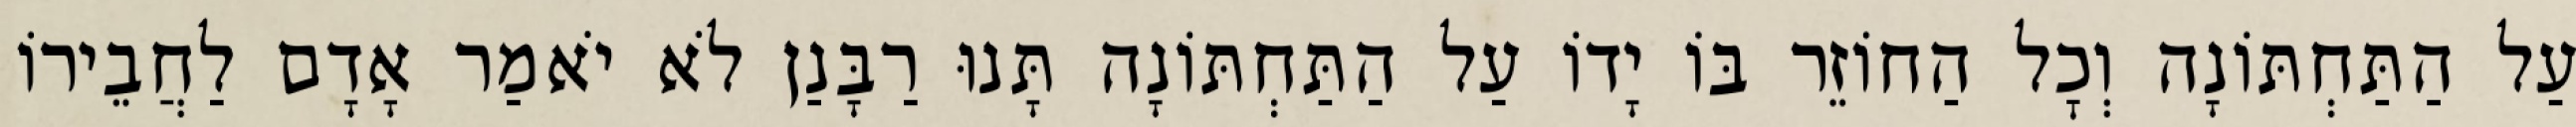
עַל הַתַּחְתּוֹנָה וְכׇל הַחוֹזֵר בּוֹ יָדוֹ עַל הַתַּחְתּוֹנָה תָּנוּ רַבָּנַן לֹא יֹאמַר אָדָם לַחֲבֵירוֹ